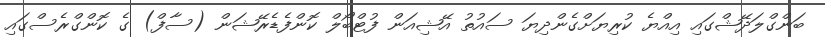
ބަންގްލަދޭޝްގައި އިއްޔެ ކުރިޔަށްގެންދިޔަ ސައުތު އޭޝިއަން ފުޓްބޯލް ކޮންފެޑެރޭޝަން (ސާފް) ގެ ކޮންގްރެސްގައި